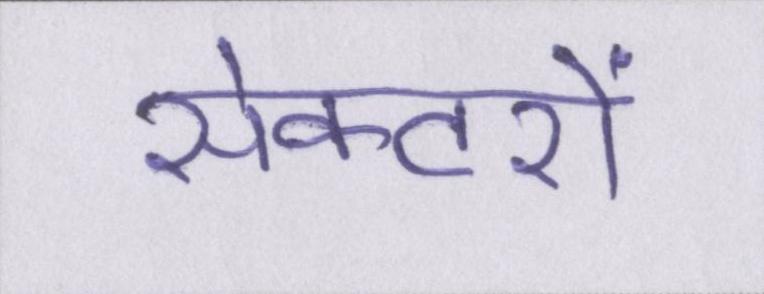
सेक्टरों